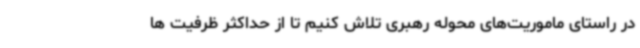
در راستای ماموریت‌های محوله رهبری تلاش کنیم تا از حداکثر ظرفیت ها